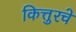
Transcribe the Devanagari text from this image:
कित्तुरचे